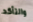
والتأكد